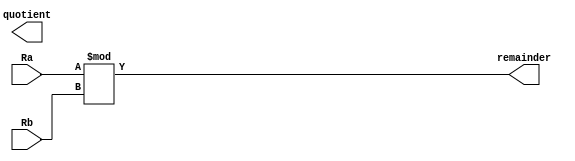
module divide_32(
	input [31:0] Ra, Rb,
	output [31:0] quotient, remainder
	);
	assign remainder = Ra%Rb;
	assign quoitent = (Ra-remainder)/Rb;
	
endmodule